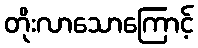
တိုးလာသောကြောင့်